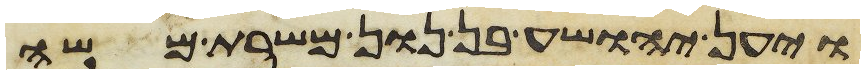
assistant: ויען יהושע בן נון משרת משה